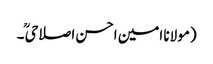
(مولانا امین احسن اصلاحیؒ ۔